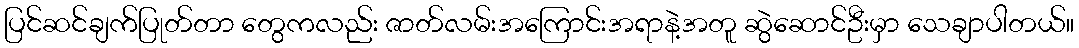
ပြင်ဆင်ချက်ပြုတ်တာ တွေကလည်း ဇာတ်လမ်းအကြောင်းအရာနဲ့အတူ ဆွဲဆောင်ဦးမှာ သေချာပါတယ်။